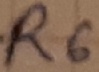
Text: R6